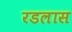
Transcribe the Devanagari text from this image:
रडलास